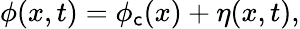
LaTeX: \phi(x,t)=\phi_{\mathsf{c}}(x)+\eta(x,t),